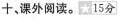
十，课外阅读。☆15分